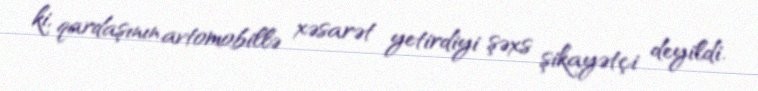
ki, qardaşının avtomobillə xəsarət yetirdiyi şəxs şikayətçi deyildi.